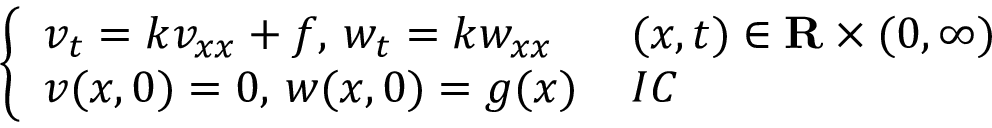
\left\{ \begin{array} { l l } { v _ { t } = k v _ { x x } + f , \, w _ { t } = k w _ { x x } \, } & { ( x , t ) \in \mathbf { R } \times ( 0 , \infty ) } \\ { v ( x , 0 ) = 0 , \, w ( x , 0 ) = g ( x ) \, } & { I C } \end{array} \right.